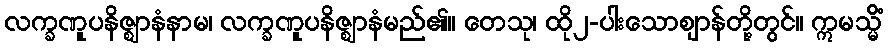
လက္ခဏူပနိဇ္ဈာနံနာမ၊ လက္ခဏူပနိဇ္ဈာနံမည်၏။ တေသု၊ ထို၂-ပါးသောဈာန်တို့တွင်။ ဣမသ္မိံ